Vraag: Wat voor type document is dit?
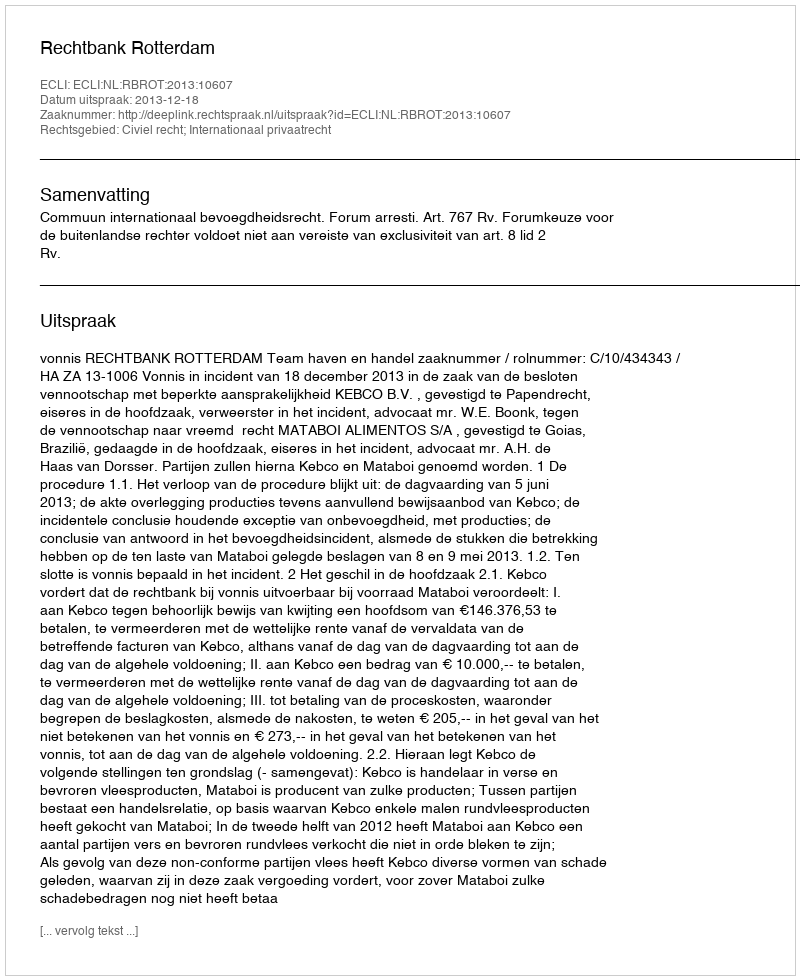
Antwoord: Uitspraak